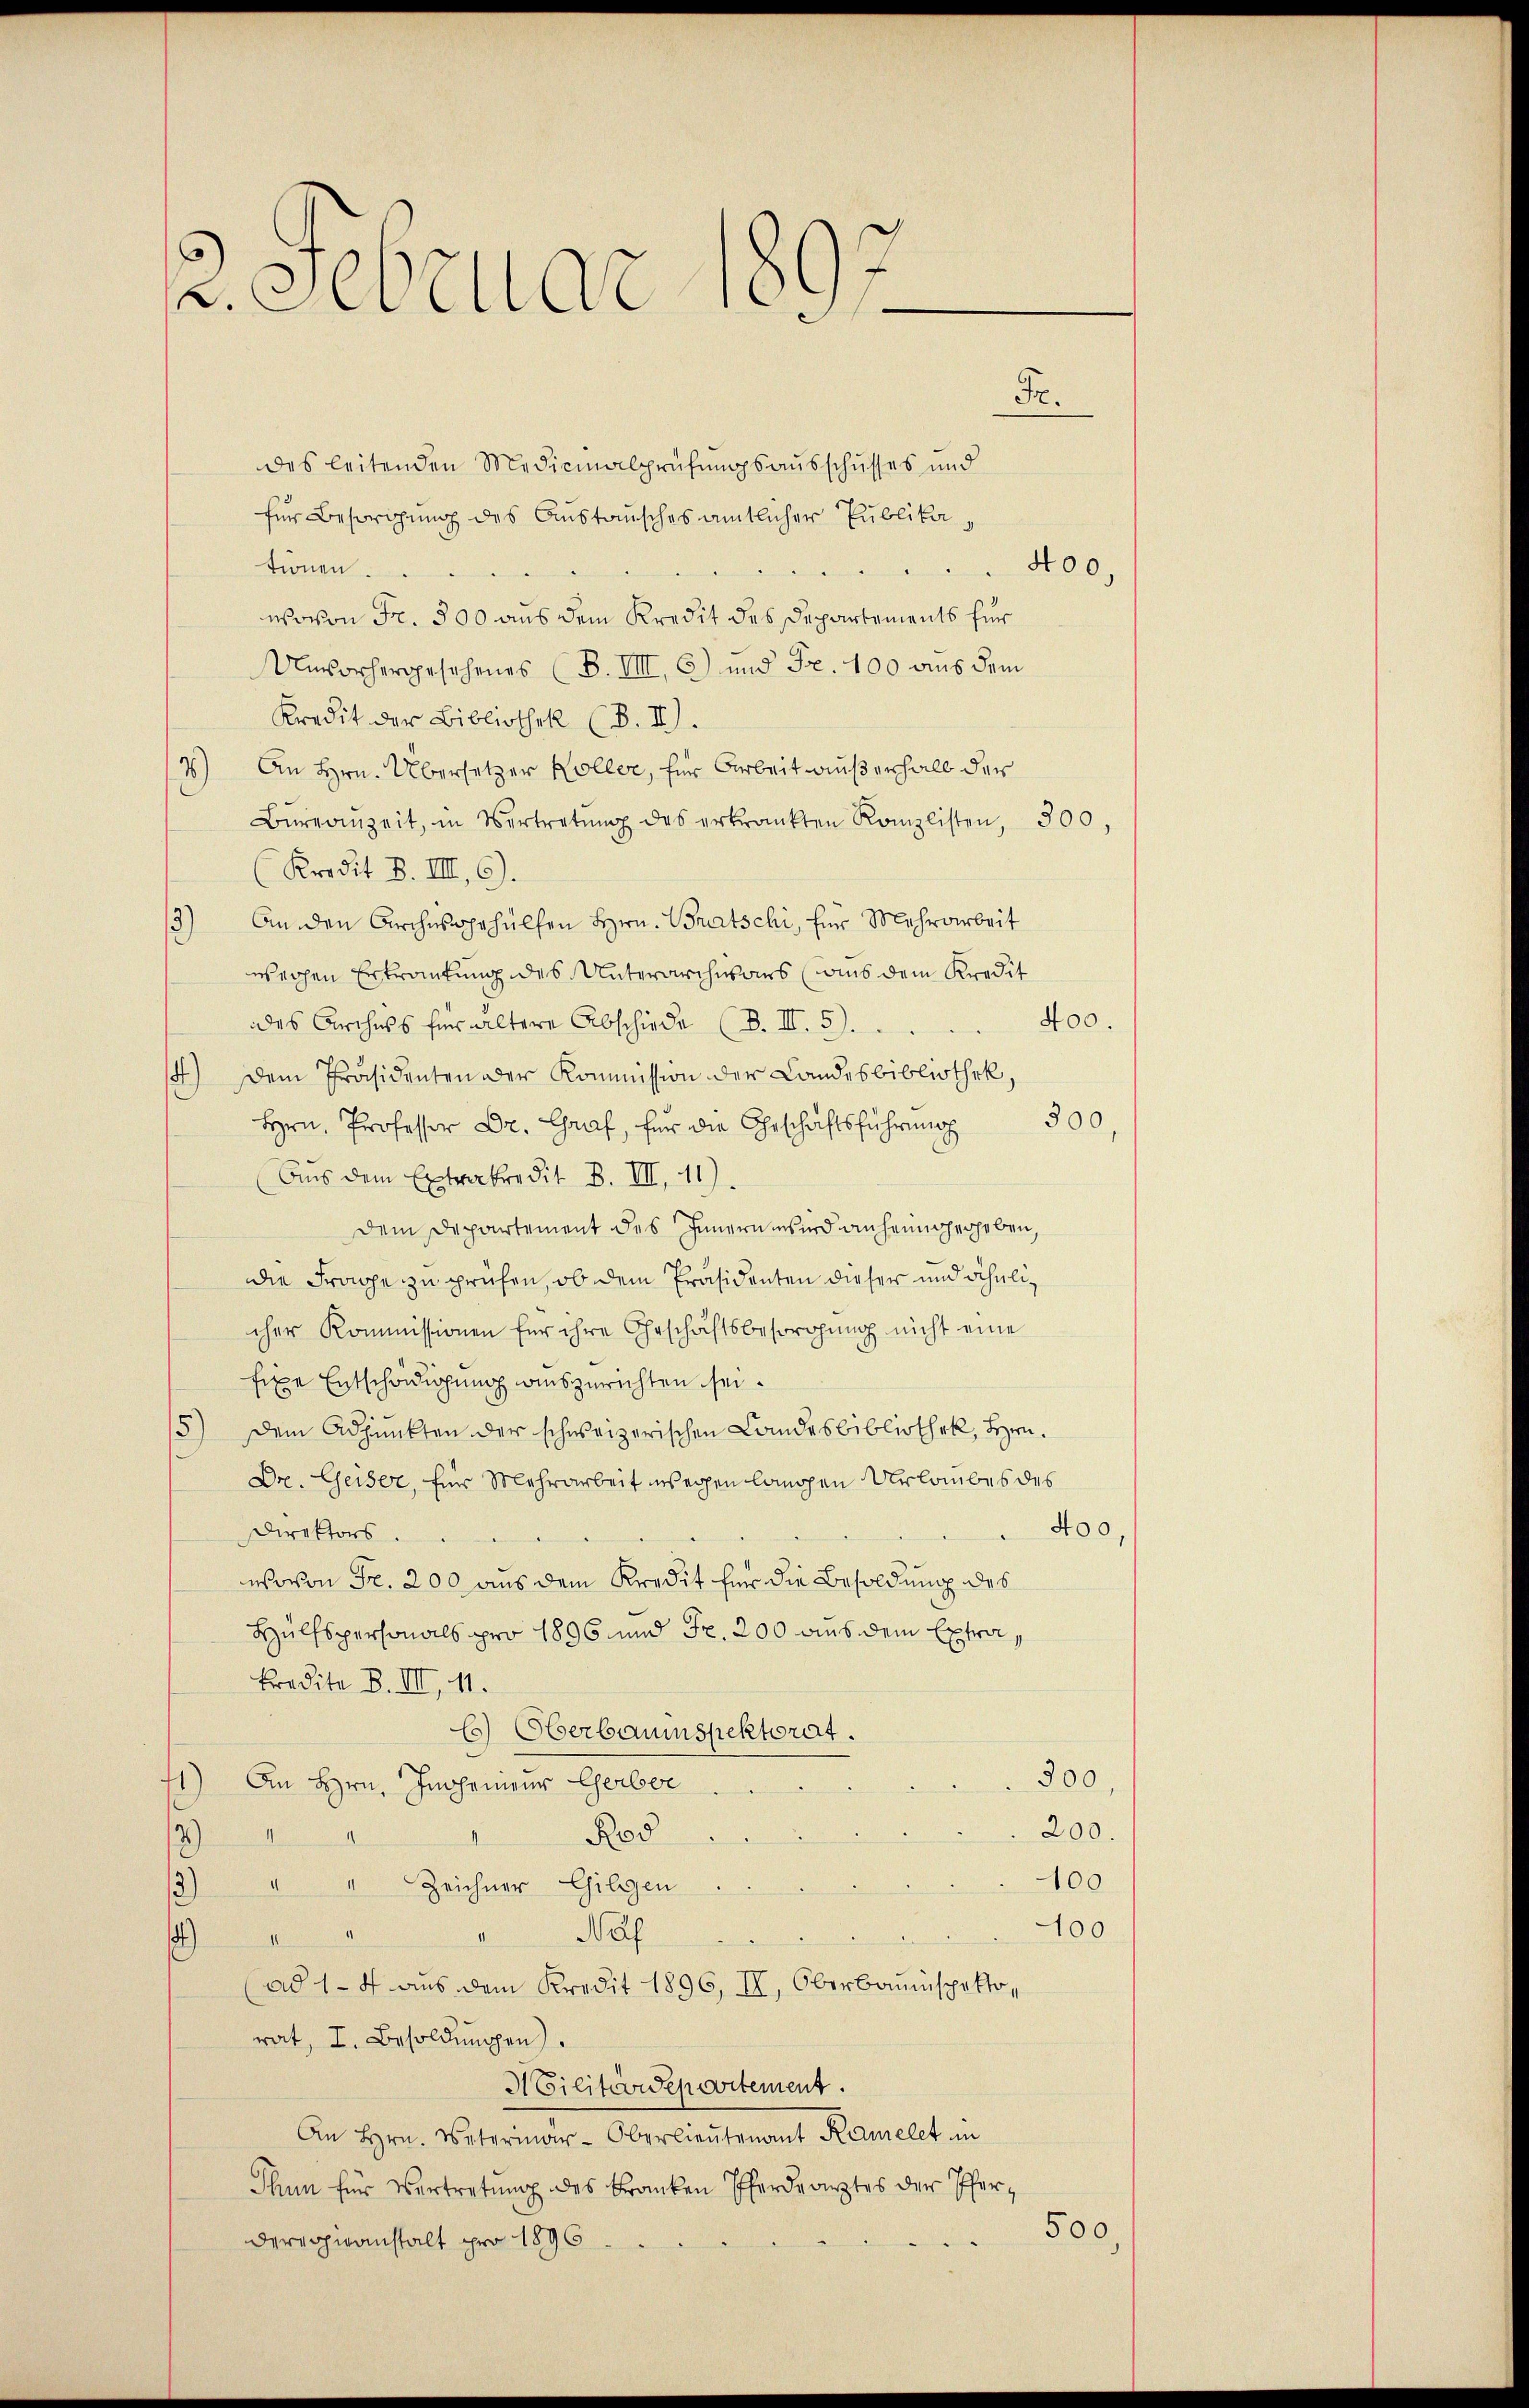
2. Februar 1

Fr.

des leitenden Medicinalprüfungsausschusses und
für Besorgung des Austausches amtlicher Publika,
tionen.
400,
wovon Fr. 500 aus dem Kredit des Departements für
Unvorhergesehenes (B. VIII, 6) und Fr. 100 aus dem
Kredit der Bibliothek (B. II).
4) An Hrn. Übersetzer Koller, für Arbeit außerhalb der
Bereinzeit, in Vertretŭng des erkrankten Kanzlisten, 300,
(Kredit 8. III 6).
3) An den Kirchwohshülfen Hrn. Britschi, für Mehrarbeit
weihen Erkrankung des Unterarchiars ins dem Kredit
400.
ddes Kirchuss für ältere Abschiede (B. III. 5).
14.) Dem Präsidenten der Kommission der Landesbibliothek,
300,
Hrn. Professor Dr. Graf, für die Geschäftsführung
Aus dem Extrakredit 8. III 11).
dem Departement des Innern wird anheimgegeben,
die Frage zu prüfen, ob dem Präsidenten dieser und ähnlicher Kommissionen für ihre Geschäftsbesorgung nicht eine
fixe Entschädigung auszurichten sei.
5) Dem Adjunkten der schweizerischen Landesbibliothek, Hrn.
Dr. Geiser, für Mehrarbeit wegen langen Urlaubes des
Direktors.
400,
wovon Fr. 200 aus dem Kredit für die Besoldung des
Hülfspersonals pro 1896 und Fr. 200 aus dem Extrakredita B. III, 11.
Es) Oberbauinspektorat.
300,
41) An Hrn. Inohenieur Gerber
200.
Rod
e
1
100
4 " Zeichner Gilgen
100
Paf
d
1)
mündeten
(ad 1. 4 aus dem Kredit 1896, II, Oberbauinspektorat, I. Besoldungen.
ACilitärdepartement.
An Hrn. Vetermar-Oberlieutenant Kamelet in
Thun für Vertretung des Franken Pferdearztes der Pfer¬
500,
dere hieranstalt pro 1896